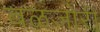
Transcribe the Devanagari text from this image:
बळजोरी